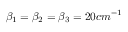
\beta _ { 1 } = \beta _ { 2 } = \beta _ { 3 } = 2 0 c m ^ { - 1 }